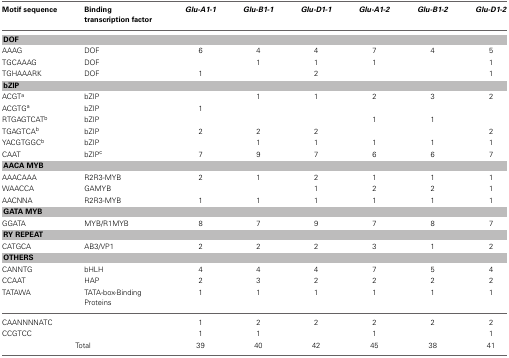
<table><thead><tr><td><b>Motif sequence</b></td><td><b>Binding transcription factor</b></td><td><b><i>Glu-A1-1</i></b></td><td><b><i>Glu-B1-1</i></b></td><td><b><i>Glu-D1-1</i></b></td><td><b><i>Glu-A1-2</i></b></td><td><b><i>Glu-B1-2</i></b></td><td><b><i>Glu-D1-2</i></b></td></tr></thead><tbody><tr><td colspan="8"><b>DOF</b></td></tr><tr><td>AAAG</td><td>DOF</td><td>6</td><td>4</td><td>4</td><td>7</td><td>4</td><td>5</td></tr><tr><td>TGCAAAG</td><td>DOF</td><td></td><td>1</td><td>1</td><td>1</td><td></td><td>1</td></tr><tr><td>TGHAAARK</td><td>DOF</td><td>1</td><td></td><td>2</td><td></td><td></td><td>1</td></tr><tr><td colspan="8"><b>bZIP</b></td></tr><tr><td>ACGT<sup>a</sup></td><td>bZIP</td><td></td><td>1</td><td>1</td><td>2</td><td>3</td><td>2</td></tr><tr><td>ACGTG<sup>a</sup></td><td>bZIP</td><td>1</td><td></td><td></td><td></td><td></td><td></td></tr><tr><td>RTGAGTCAT<sup>b</sup></td><td>bZIP</td><td></td><td></td><td></td><td>1</td><td>1</td><td></td></tr><tr><td>TGAGTCA<sup>b</sup></td><td>bZIP</td><td>2</td><td>2</td><td>2</td><td></td><td></td><td>2</td></tr><tr><td>YACGTGGC<sup>b</sup></td><td>bZIP</td><td></td><td>1</td><td>1</td><td>1</td><td>1</td><td>1</td></tr><tr><td>CAAT</td><td>bZIP<sup>c</sup></td><td>7</td><td>9</td><td>7</td><td>6</td><td>6</td><td>7</td></tr><tr><td colspan="8"><b>AACA MYB</b></td></tr><tr><td>AAACAAA</td><td>R2R3-MYB</td><td>2</td><td>1</td><td>2</td><td>1</td><td>1</td><td>1</td></tr><tr><td>WAACCA</td><td>GAMYB</td><td></td><td></td><td>1</td><td>2</td><td>2</td><td>1</td></tr><tr><td>AACNNA</td><td>R2R3-MYB</td><td>1</td><td>1</td><td>1</td><td>1</td><td>1</td><td>1</td></tr><tr><td colspan="8"><b>GATA MYB</b></td></tr><tr><td>GGATA</td><td>MYB/R1MYB</td><td>8</td><td>7</td><td>9</td><td>7</td><td>8</td><td>7</td></tr><tr><td colspan="8"><b>RY REPEAT</b></td></tr><tr><td>CATGCA</td><td>AB3/VP1</td><td>2</td><td>2</td><td>2</td><td>3</td><td>1</td><td>2</td></tr><tr><td colspan="8"><b>OTHERS</b></td></tr><tr><td>CANNTG</td><td>bHLH</td><td>4</td><td>4</td><td>4</td><td>7</td><td>5</td><td>4</td></tr><tr><td>CCAAT</td><td>HAP</td><td>2</td><td>3</td><td>2</td><td>2</td><td>2</td><td>2</td></tr><tr><td>TATAWA</td><td>TATA-box-Binding Proteins</td><td>1</td><td>1</td><td>1</td><td>1</td><td>1</td><td>1</td></tr><tr><td>CAANNNNATC</td><td></td><td>1</td><td>2</td><td>2</td><td>2</td><td>2</td><td>2</td></tr><tr><td>CCGTCC</td><td></td><td>1</td><td>1</td><td></td><td>1</td><td></td><td>1</td></tr><tr><td colspan="2">Total</td><td>39</td><td>40</td><td>42</td><td>45</td><td>38</td><td>41</td></tr></tbody></table>